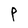
Character: P